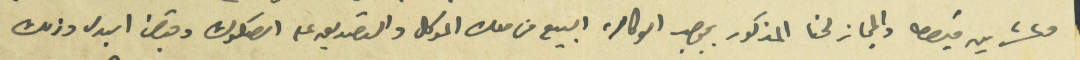
وعشرين قيراط والمجاز لحنا المذكور بموجب الوكالة البيع من ملك الموكل والتصديق على الصكوك وقبض البدل وذلك